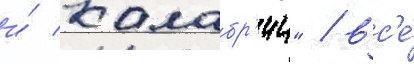
и́ калабр'ии" / вс'е́